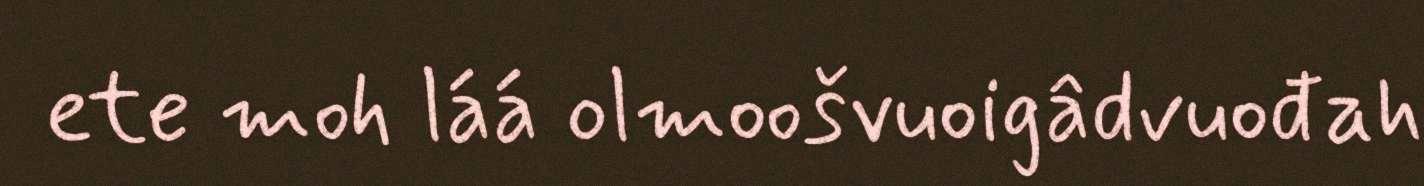
ete moh láá olmoošvuoigâdvuođah